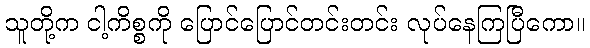
သူတို့က ငါ့ကိစ္စကို ပြောင်ပြောင်တင်းတင်း လုပ်နေကြပြီကော။